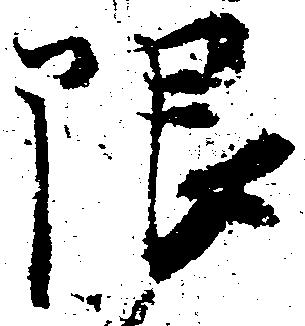
限